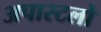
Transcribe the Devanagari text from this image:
अपास्टलो